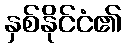
နှစ်နိုင်ငံ၏